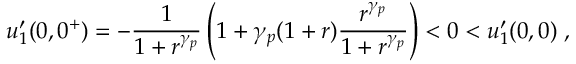
u _ { 1 } ^ { \prime } ( 0 , 0 ^ { + } ) = - \frac { 1 } { 1 + r ^ { \gamma _ { p } } } \left( 1 + \gamma _ { p } ( 1 + r ) \frac { r ^ { \gamma _ { p } } } { 1 + r ^ { \gamma _ { p } } } \right) < 0 < u _ { 1 } ^ { \prime } ( 0 , 0 ) \; ,